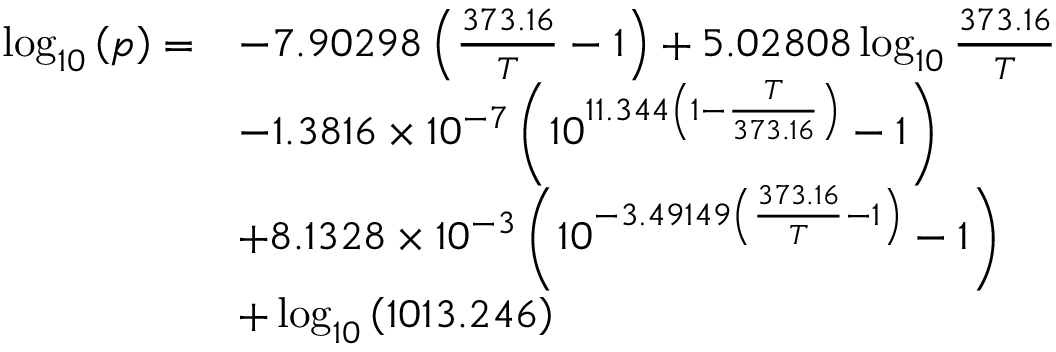
{ \begin{array} { r l } { \log _ { 1 0 } \left( p \right) = } & { - 7 . 9 0 2 9 8 \left( { \frac { 3 7 3 . 1 6 } { T } } - 1 \right) + 5 . 0 2 8 0 8 \log _ { 1 0 } { \frac { 3 7 3 . 1 6 } { T } } } \\ & { - 1 . 3 8 1 6 \times 1 0 ^ { - 7 } \left( 1 0 ^ { 1 1 . 3 4 4 \left( 1 - { \frac { T } { 3 7 3 . 1 6 } } \right) } - 1 \right) } \\ & { + 8 . 1 3 2 8 \times 1 0 ^ { - 3 } \left( 1 0 ^ { - 3 . 4 9 1 4 9 \left( { \frac { 3 7 3 . 1 6 } { T } } - 1 \right) } - 1 \right) } \\ & { + \log _ { 1 0 } \left( 1 0 1 3 . 2 4 6 \right) } \end{array} }